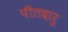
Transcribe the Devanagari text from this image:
पीतदारु